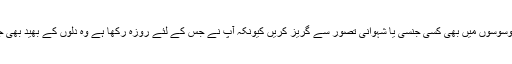
نیز دل کے وسوسوں میں بھی کسی جنسی یا شہوانی تصور سے گریز کریں کیونکہ آپ نے جس کے لئے روزہ رکھا ہے وہ دلوں کے بھید بھی جان لیتا ہے ۔